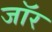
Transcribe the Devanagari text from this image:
जॉर